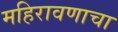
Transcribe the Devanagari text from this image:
महिरावणाचा